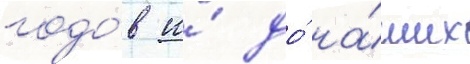
годо́в и́ до́ на́ших